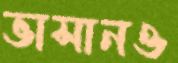
ভাসানও